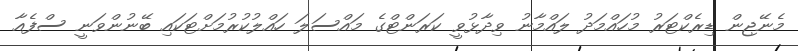
މެނޭޖިން ޑިރެކްޓަރު މުހައްމަދު ލައްމާނު ވިދާޅުވީ ކަރަންޓްގެ މައްސަލަ ހައްލުކުރުމަށްޓަކައި ބޭނުންވަނީ ސްފެއާ